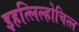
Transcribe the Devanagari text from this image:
इहत्लिल्होचित्ल